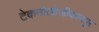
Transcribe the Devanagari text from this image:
टेकनोलोजीकानपुर